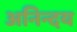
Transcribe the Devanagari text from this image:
अनिन्दय